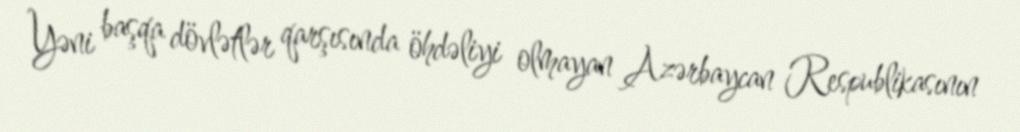
Yəni başqa dövlətlər qarşısında öhdəliyi olmayan Azərbaycan Respublikasının